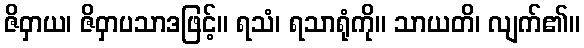
ဇိဝှာယ၊ ဇိဝှာပသာဒဖြင့်။ ရသံ၊ ရသာရုံကို။ သာယတိ၊ လျက်၏။